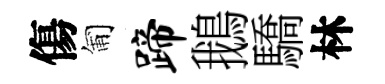
傷匍蹄鵝驕林